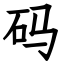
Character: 码